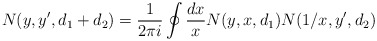
\begin{align*}N(y,y',d_1 + d_2) = {1 \over 2 \pi i } \oint {dx \over x} N(y,x,d_1) N(1/x,y',d_2)\end{align*}